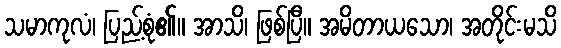
သမာကုလံ၊ ပြည့်စုံ၏။ အာသိ၊ ဖြစ်ပြီ။ အမိတာယသော၊ အတိုင်းမသိ